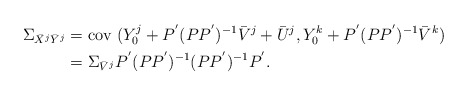
\begin{align*}\Sigma_{\bar{X}^j \bar{Y}^j} &= \mbox{cov } (Y_0^j + P ^{'} (P P ^{'}) ^{-1} \bar{V}^j + \bar{U}^j , Y_0^k + P ^{'} (P P ^{'}) ^{-1} \bar{V}^k )\\&= \Sigma_{\bar{V}^j} P ^{'} (P P ^{'}) ^{-1} (P P ^{'}) ^{-1} P ^{'}.\end{align*}